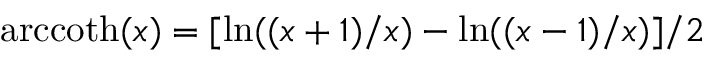
\mathrm { a r c c o t h } ( x ) = [ \ln ( ( x + 1 ) / x ) - \ln ( ( x - 1 ) / x ) ] / 2